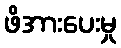
ဖိအားပေးမှု